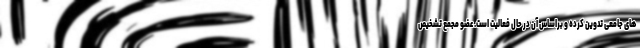
های جامعی تدوین کرده و براساس آن در حال فعالیت است. عضو مجمع تشخیص